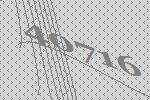
40716